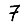
Digit: 7